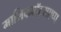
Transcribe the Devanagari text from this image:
मालिकवॉट्सएप्प